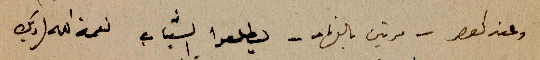
وعند العصر - مرتين بالنهار - يطلعوا الشباب نعمة الله (ديك